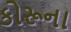
કોરૂના